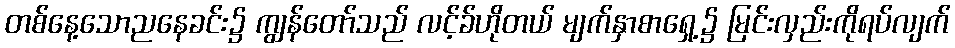
တစ်နေ့သောညနေခင်း၌ ကျွန်တော်သည် လင့်ခ်ဟိုတယ် မျက်နှာစာရှေ့၌ မြင်းလှည်းကိုရပ်လျက်